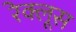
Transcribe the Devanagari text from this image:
रेक्लूस